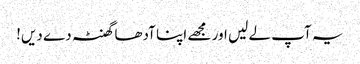
یہ آپ لے لیں اور مجھے اپنا آدھا گھنٹہ دے دیں!